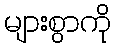
များစွာကို